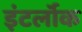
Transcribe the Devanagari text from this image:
इंटर्लॉक